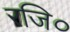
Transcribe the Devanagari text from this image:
रजि०